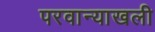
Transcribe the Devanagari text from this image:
परवान्याखली